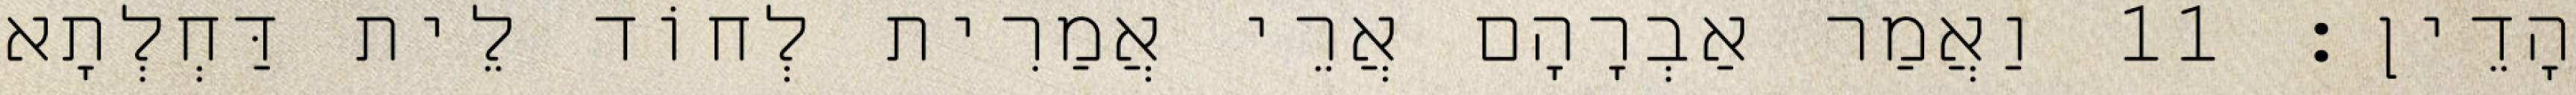
הָדֵין׃ 11 וַאֲמַר אַבְרָהָם אֲרֵי אֲמַרִית לְחוֹד לֵית דַּחְלְתָא